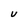
Character: U